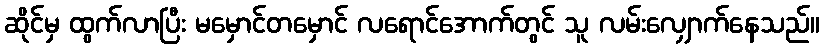
ဆိုင်မှ ထွက်လာပြီး မမှောင်တမှောင် လရောင်အောက်တွင် သူ လမ်းလျှောက်နေသည်။